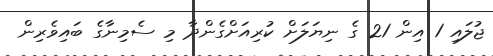
ޖުލައި 1 އިން 21 ގެ ނިޔަލަށް ކުރިއަށްގެންދާ މި ސެމިނާގެ ބައިވެރިން